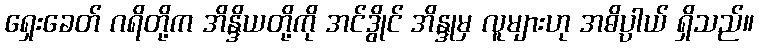
ရှေးခေတ် ဂရိတို့က အိန္ဒိယတို့ကို အင်ဒွိုင် အိန္ဒုမှ လူများဟု အဓိပ္ပါယ် ရှိသည်။